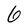
Character: 6